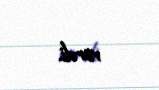
verdi.